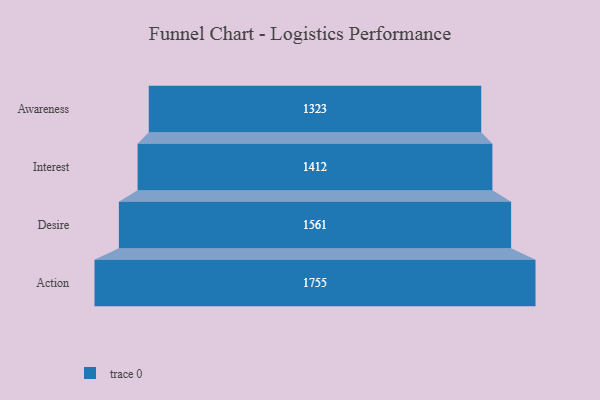
{"axis": {"x": "Stage", "y": "Value"}, "legend": [""], "data": [{"x": "Awareness", "y": 1323.0, "type": ""}, {"x": "Interest", "y": 1412.0, "type": ""}, {"x": "Desire", "y": 1561.0, "type": ""}, {"x": "Action", "y": 1755.0, "type": ""}]}